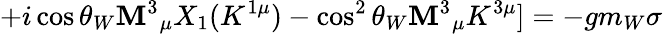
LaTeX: +i\cos\theta_{W}\mathbf{M}^{3}{}_{\mu}X_{1}(K^{1\mu})-\cos^{2}\theta_{W}\mathbf{M}^{3}{}_{\mu}K^{3\mu}]=-gm_{W}\sigma